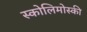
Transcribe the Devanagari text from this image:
स्कोलिमोस्की